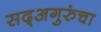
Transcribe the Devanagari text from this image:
सद्‍अगुरुंचा